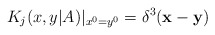
\begin{align*}K_j(x,y|A) |_{x^0=y^0} = \delta^3({\bf x}-{\bf y})\end{align*}